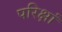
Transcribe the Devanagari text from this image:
परिक्षां